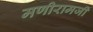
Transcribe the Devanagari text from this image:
मणीरामजी